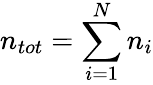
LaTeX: n_{tot}=\sum_{i=1}^{N}n_{i}